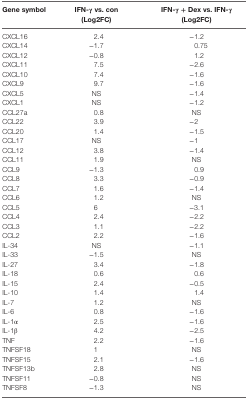
<table><thead><tr><td><b>Gene symbol</b></td><td><b>IFN-γ vs. con (Log2FC)</b></td><td><b>IFN-γ + Dex vs. IFN-γ (Log2FC)</b></td></tr></thead><tbody><tr><td>CXCL16</td><td>2.4</td><td>−1.2</td></tr><tr><td>CXCL14</td><td>−1.7</td><td>0.75</td></tr><tr><td>CXCL12</td><td>−0.8</td><td>1.2</td></tr><tr><td>CXCL11</td><td>7.5</td><td>−2.6</td></tr><tr><td>CXCL10</td><td>7.4</td><td>−1.6</td></tr><tr><td>CXCL9</td><td>9.7</td><td>−1.6</td></tr><tr><td>CXCL5</td><td>NS</td><td>−1.4</td></tr><tr><td>CXCL1</td><td>NS</td><td>−1.2</td></tr><tr><td>CCL27a</td><td>0.8</td><td>NS</td></tr><tr><td>CCL22</td><td>3.9</td><td>−2</td></tr><tr><td>CCL20</td><td>1.4</td><td>−1.5</td></tr><tr><td>CCL17</td><td>NS</td><td>−1</td></tr><tr><td>CCL12</td><td>3.8</td><td>−1.4</td></tr><tr><td>CCL11</td><td>1.9</td><td>NS</td></tr><tr><td>CCL9</td><td>−1.3</td><td>0.9</td></tr><tr><td>CCL8</td><td>3.3</td><td>−0.9</td></tr><tr><td>CCL7</td><td>1.6</td><td>−1.4</td></tr><tr><td>CCL6</td><td>1.2</td><td>NS</td></tr><tr><td>CCL5</td><td>6</td><td>−3.1</td></tr><tr><td>CCL4</td><td>2.4</td><td>−2.2</td></tr><tr><td>CCL3</td><td>1.1</td><td>−2.2</td></tr><tr><td>CCL2</td><td>2.2</td><td>−1.6</td></tr><tr><td>IL-34</td><td>NS</td><td>−1.1</td></tr><tr><td>IL-33</td><td>−1.5</td><td>NS</td></tr><tr><td>IL-27</td><td>3.4</td><td>−1.8</td></tr><tr><td>IL-18</td><td>0.6</td><td>0.6</td></tr><tr><td>IL-15</td><td>2.4</td><td>−0.5</td></tr><tr><td>IL-10</td><td>1.4</td><td>1.4</td></tr><tr><td>IL-7</td><td>1.2</td><td>NS</td></tr><tr><td>IL-6</td><td>0.8</td><td>−1.6</td></tr><tr><td>IL-1<i>α</i></td><td>2.5</td><td>−1.6</td></tr><tr><td>IL-1β</td><td>4.2</td><td>−2.5</td></tr><tr><td>TNF</td><td>2.2</td><td>−1.6</td></tr><tr><td>TNFSF18</td><td>1</td><td>NS</td></tr><tr><td>TNFSF15</td><td>2.1</td><td>−1.6</td></tr><tr><td>TNFSF13b</td><td>2.8</td><td>NS</td></tr><tr><td>TNFSF11</td><td>−0.8</td><td>NS</td></tr><tr><td>TNFSF8</td><td>−1.3</td><td>NS</td></tr></tbody></table>